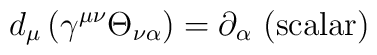
d_\mu \left(\gamma^{\mu\nu}\Theta_{\nu\alpha}\right) = \partial_\alpha  \hbox{ (scalar)}